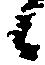
候